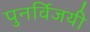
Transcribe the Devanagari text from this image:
पुनर्विजयी